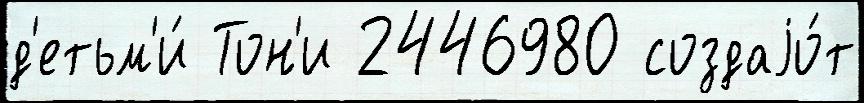
д'етьм'и́ Тон'и 2446980 создаjо́т